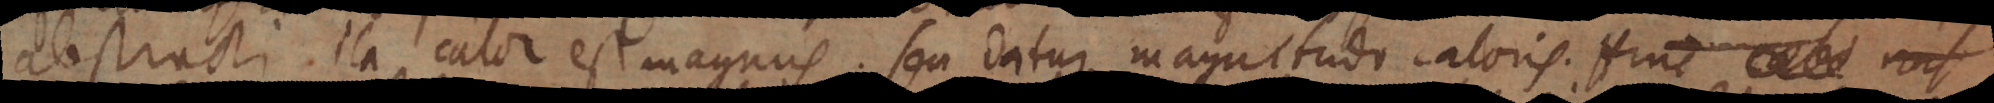
abstracti. Ita calor est magnus; seu datur magnitudo caloris. Hinc calor